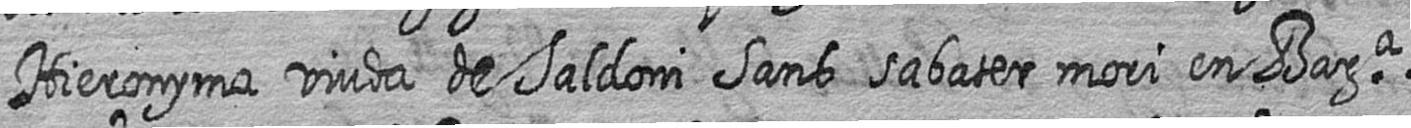
Hieronyma viuda de Saldoni Sans sabater mori en Bara